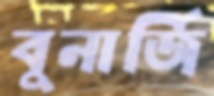
বুনার্জি